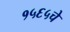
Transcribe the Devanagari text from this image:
१५६५चे